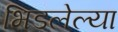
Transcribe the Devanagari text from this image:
भिडलेल्या